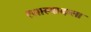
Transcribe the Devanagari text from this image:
रसास्वादाला